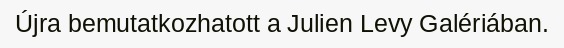
Újra bemutatkozhatott a Julien Levy Galériában.